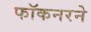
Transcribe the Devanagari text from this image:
फॉकनरने